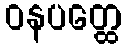
ဝနပတ္ထေ